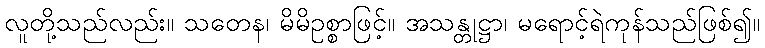
လူတို့သည်လည်း။ သတေန၊ မိမိဥစ္စာဖြင့်။ အသန္တုဋ္ဌာ၊ မရောင့်ရဲကုန်သည်ဖြစ်၍။